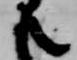
之